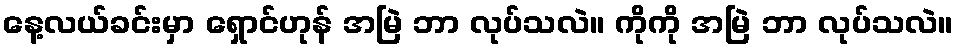
နေ့လယ်ခင်းမှာ ရှောင်ဟုန် အမြဲ ဘာ လုပ်သလဲ။ ကိုကို အမြဲ ဘာ လုပ်သလဲ။